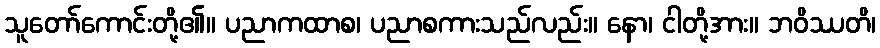
သူတော်ကောင်းတို့၏။ ပညာကထာစ၊ ပညာစကားသည်လည်း။ နော၊ ငါတို့အား။ ဘဝိဿတိ၊